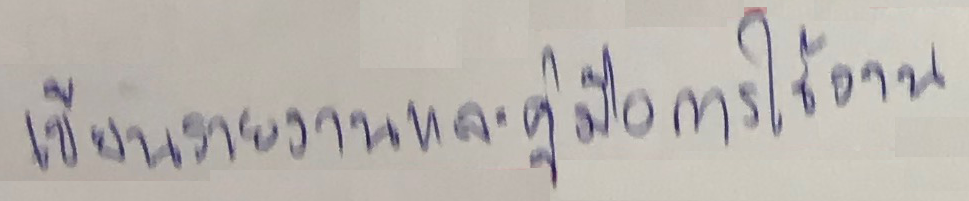
เขียนรายงานและคู่มือการใช้งาน